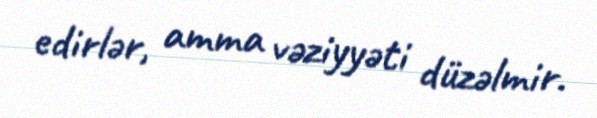
edirlər, amma vəziyyəti düzəlmir.